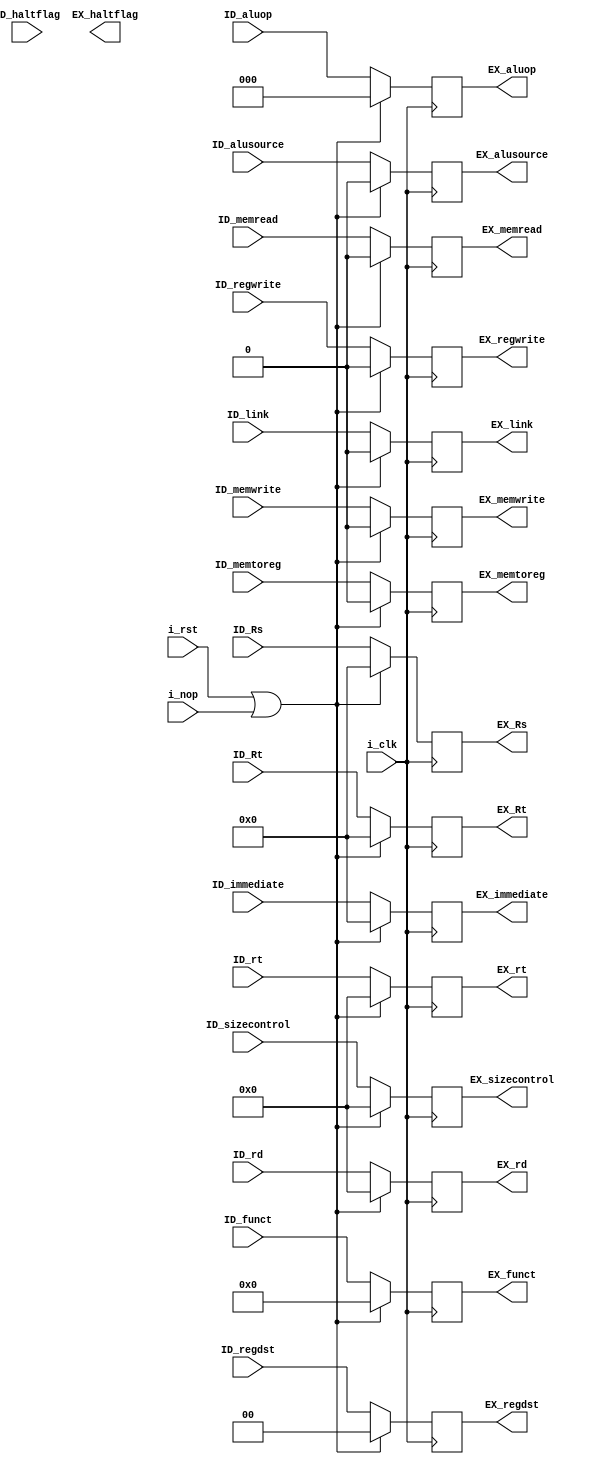
`timescale 1ns / 1ps

module ID_EX_reg    #(
    parameter       NBITS   =   32      ,
    parameter       RBITS   =   5       ,
    parameter       FBITS   =   6       
)
(
    //Entradas
    input   wire    i_clk   ,       i_rst,  i_nop   ,
    input   wire    [NBITS-1:0]     ID_Rs,  ID_Rt   ,   //Datos de los registros
    input   wire    [RBITS-1:0]     ID_rd,  ID_rt   ,   //Nombre de los registros
    input   wire    [FBITS-1:0]     ID_funct        ,
    input   wire    [NBITS-1:0]     ID_immediate    ,
    input   wire    [4:0]           ID_sizecontrol  ,
    input   wire    ID_memtoreg,    ID_memread      ,
                    ID_memwrite,    ID_alusource    ,
                    ID_link,        ID_regwrite     ,
                                    ID_haltflag     ,
    input   wire    [2:0]           ID_aluop        ,
    input   wire    [1:0]           ID_regdst       ,
    //Salidas
    output  reg     [NBITS-1:0]     EX_Rs,  EX_Rt   ,   //Datos de los registros
    output  reg     [RBITS-1:0]     EX_rd,  EX_rt   ,   //Nombre de los registros
    output  reg     [FBITS-1:0]     EX_funct        ,
    output  reg     [NBITS-1:0]     EX_immediate    ,
    output  reg     [4:0]           EX_sizecontrol  ,
    output  reg     EX_memtoreg,    EX_memread      ,
                    EX_memwrite,    EX_alusource    ,
                    EX_link,        EX_regwrite     ,
                                    EX_haltflag     ,
    output  reg     [2:0]           EX_aluop        ,
    output  reg     [1:0]           EX_regdst
);

always  @(posedge i_clk)
    begin
        if  (i_rst  ||  i_nop)
        begin
            EX_Rs           <=      32'b0           ;
            EX_Rt           <=      32'b0           ;
            EX_immediate    <=      32'b0           ;
            EX_rd           <=      5'b0            ;
            EX_rt           <=      5'b0            ;
            EX_funct        <=      6'b0            ;
            EX_sizecontrol  <=      5'b0            ;
            EX_regwrite     <=      0               ;
            EX_memtoreg     <=      0               ;
            EX_memread      <=      0               ;
            EX_memwrite     <=      0               ;
            EX_alusource    <=      0               ;
            EX_link         <=      0               ;
            EX_aluop        <=      2'b0            ;
            EX_regdst       <=      2'b0            ;
        end
        else
        begin
            EX_Rs           <=      ID_Rs           ;
            EX_Rt           <=      ID_Rt           ;
            EX_immediate    <=      ID_immediate    ;
            EX_rd           <=      ID_rd           ;
            EX_rt           <=      ID_rt           ;
            EX_funct        <=      ID_funct        ;
            EX_sizecontrol  <=      ID_sizecontrol  ;
            EX_regwrite     <=      ID_regwrite     ;
            EX_memtoreg     <=      ID_memtoreg     ;
            EX_memread      <=      ID_memread      ;
            EX_memwrite     <=      ID_memwrite     ;
            EX_alusource    <=      ID_alusource    ;
            EX_link         <=      ID_link         ;
            EX_aluop        <=      ID_aluop        ;
            EX_regdst       <=      ID_regdst       ;
        end
    end

endmodule